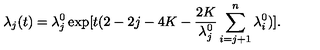
\lambda _ { j } ( t ) = \lambda _ { j } ^ { 0 } \exp [ t ( 2 - 2 j - 4 K - \frac { 2 K } { \lambda _ { j } ^ { 0 } } \sum _ { i = j + 1 } ^ { n } \lambda _ { i } ^ { 0 } ) ] .